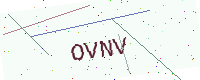
Text: OVNV